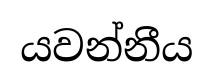
යවන්නීය